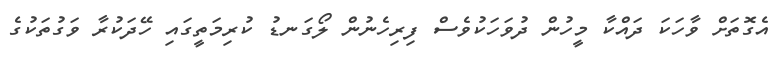
އެގޮތަށް ވާހަކަ ދައްކާ މީހުން ދުވަހަކުވެސް ފިރިހެނުން ލޯގަނޑު ކުރިމަތީގައި ހޭދަކުރާ ވަގުތަކުގެ